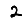
Digit: 2